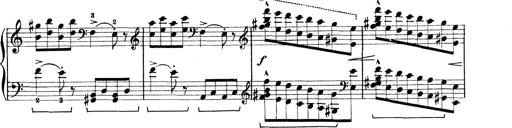
Title: Rapsodie: 19 ungheresi, 1 spagnuola
Composer: Franz Liszt